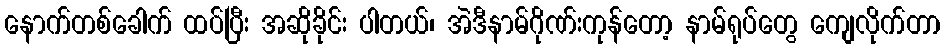
နောက်တစ်ခေါက် ထပ်ပြီး အဆိုခိုင်း ပါတယ်၊ အဲဒီနာမ်ဂိုဏ်းကုန်တော့ နာမ်ရုပ်တွေ ကျေလိုက်တာ